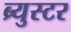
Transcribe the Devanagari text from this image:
ब्र्युस्टर